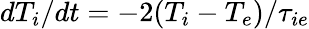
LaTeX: dT_{i}/dt=-2(T_{i}-T_{e})/\tau_{ie}